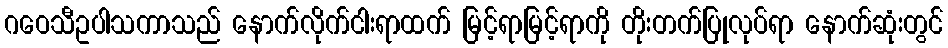
ဂဝေသီဥပါသကာသည် နောက်လိုက်ငါးရာထက် မြင့်ရာမြင့်ရာကို တိုးတက်ပြုလုပ်ရာ နောက်ဆုံးတွင်